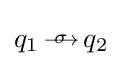
{\textstyle q_{1}{\begin{smallmatrix}{\sigma }\\[-5pt]{\longrightarrow }\end{smallmatrix}}q_{2}}